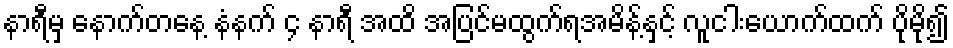
နာရီမှ နောက်တနေ့ နံနက် ၄ နာရီ အထိ အပြင်မထွက်ရအမိန့်နှင့် လူငါးယောက်ထက် ပိုမို၍